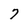
Character: 7